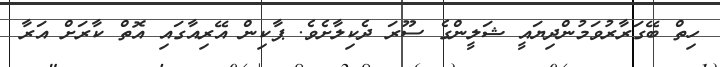
ހިތް ބޭގަރާރުވަމުންދިޔައީ ޝަލީންގެ ސޫރަ ދެކިލާށެވެ. ޕާކިން އޭރިއާގައި އޮތް ކާރަށް އަރާ